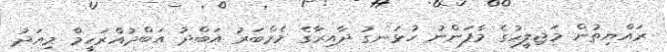
ރައްޔިތުން މަޖިލީހުގެ މާފަންނު ހުޅަނގު ދާއިރާގެ މެމްބަރު އަބްދު އަބްދުއްރަހީމް މިއަދު